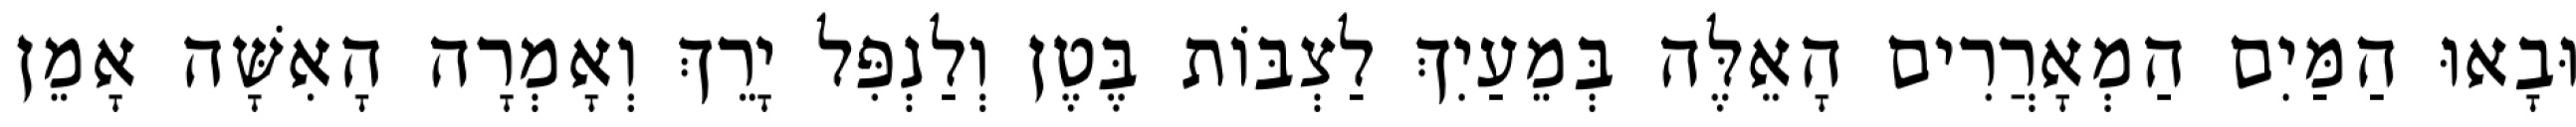
וּבָאוּ הַמַּיִם הַמְאָרֲרִים הָאֵלֶּה בְּמֵעַיִךְ לַצְבּוֹת בֶּטֶן וְלַנְפִּל יָרֵךְ וְאָמְרָה הָאִשָּׁה אָמֵן